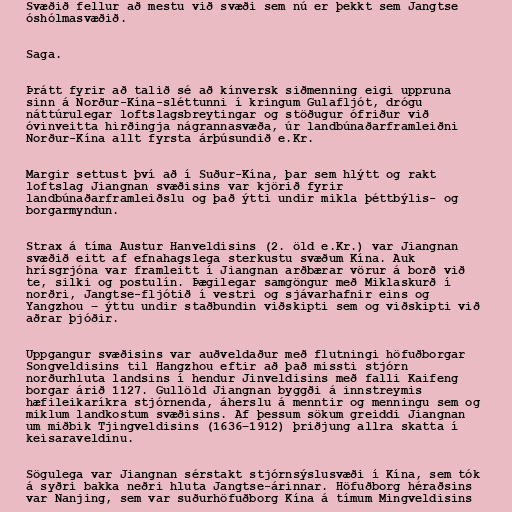
Svæðið fellur að mestu við svæði sem nú er þekkt sem Jangtse
óshólmasvæðið.

Saga.

Þrátt fyrir að talið sé að kínversk siðmenning eigi uppruna
sinn á Norður-Kína-sléttunni í kringum Gulafljót, drógu
náttúrulegar loftslagsbreytingar og stöðugur ófriður við
óvinveitta hirðingja nágrannasvæða, úr landbúnaðarframleiðni
Norður-Kína allt fyrsta árþúsundið e.Kr.

Margir settust því að í Suður-Kína, þar sem hlýtt og rakt
loftslag Jiangnan svæðisins var kjörið fyrir
landbúnaðarframleiðslu og það ýtti undir mikla þéttbýlis- og
borgarmyndun.

Strax á tíma Austur Hanveldisins (2. öld e.Kr.) var Jiangnan
svæðið eitt af efnahagslega sterkustu svæðum Kína. Auk
hrísgrjóna var framleitt í Jiangnan arðbærar vörur á borð við
te, silki og postulín. Þægilegar samgöngur með Miklaskurð í
norðri, Jangtse-fljótið í vestri og sjávarhafnir eins og
Yangzhou – ýttu undir staðbundin viðskipti sem og viðskipti við
aðrar þjóðir.

Uppgangur svæðisins var auðveldaður með flutningi höfuðborgar
Songveldisins til Hangzhou eftir að það missti stjórn
norðurhluta landsins í hendur Jinveldisins með falli Kaifeng
borgar árið 1127. Gullöld Jiangnan byggði á innstreymis
hæfileikaríkra stjórnenda, áherslu á menntir og menningu sem og
miklum landkostum svæðisins. Af þessum sökum greiddi Jiangnan
um miðbik Tjingveldisins (1636–1912) þriðjung allra skatta í
keisaraveldinu.

Sögulega var Jiangnan sérstakt stjórnsýslusvæði í Kína, sem tók
á syðri bakka neðri hluta Jangtse-árinnar. Höfuðborg héraðsins
var Nanjing, sem var suðurhöfuðborg Kína á tímum Mingveldisins